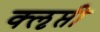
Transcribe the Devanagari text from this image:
क्‍ऌप्ती